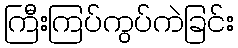
ကြီးကြပ်ကွပ်ကဲခြင်း